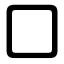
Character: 囗